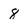
Character: 8